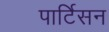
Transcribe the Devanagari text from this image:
पार्टिसन